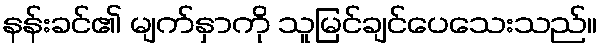
နန်းခင်၏ မျက်နှာကို သူမြင်ချင်ပေသေးသည်။